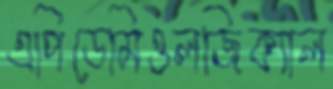
এপিডেমিওলজিক্যাল